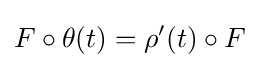
F\circ \theta (t)=\rho '(t)\circ F